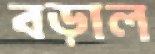
বড়াল